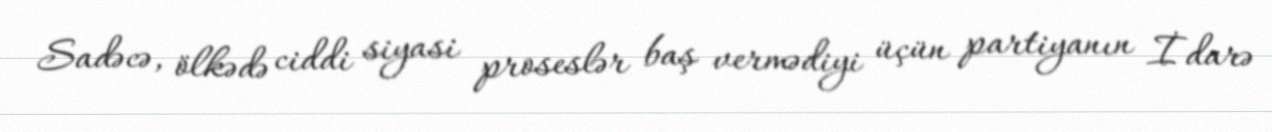
Sadəcə, ölkədə ciddi siyasi proseslər baş vermədiyi üçün partiyanın İdarə